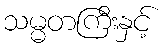
သမ္မတကြီးနှင့်